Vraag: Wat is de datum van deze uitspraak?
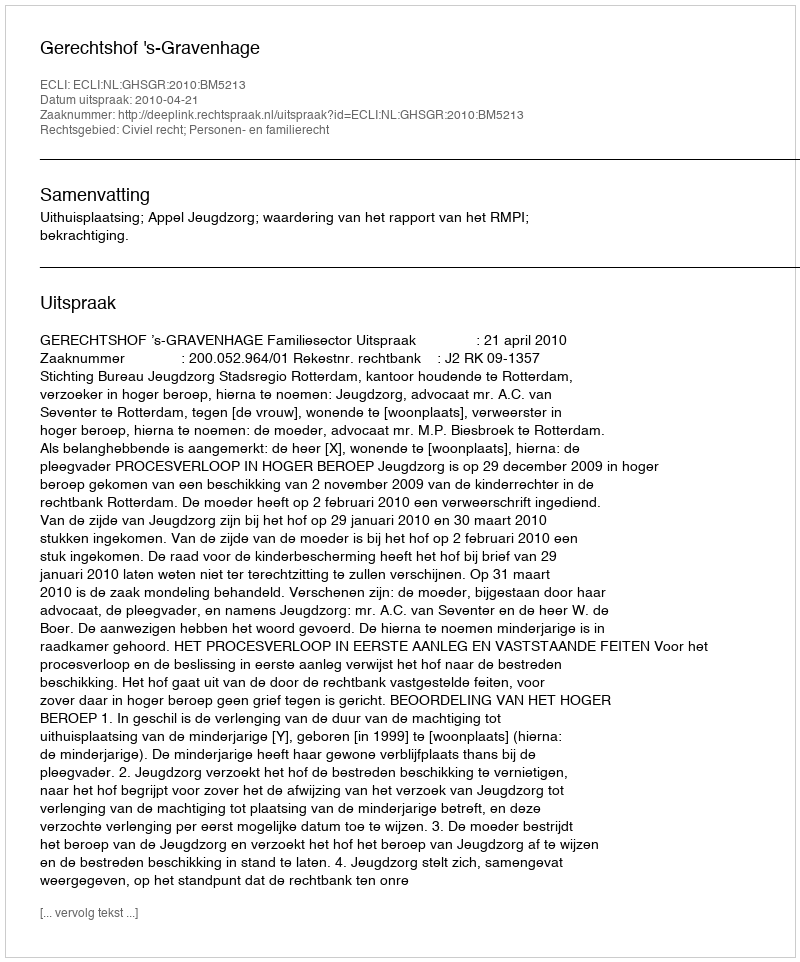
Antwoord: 2010-04-21